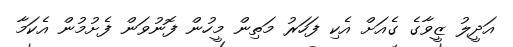
އަދީލު ޒީވާގެ ގެއަށް އެކި ފަހަރު މަތިން މީހުން ފޮނުވަން ފެށުމުން އެކަމާ